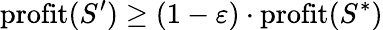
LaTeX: \mathrm{profit}(S^{\prime})\geq(1-\varepsilon)\cdot\mathrm{profit}(S^{*})